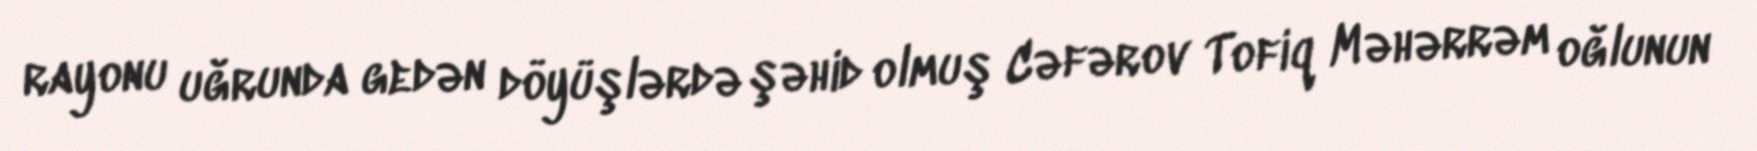
rayonu uğrunda gedən döyüşlərdə şəhid olmuş Cəfərov Tofiq Məhərrəm oğlunun